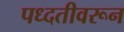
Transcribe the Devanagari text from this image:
पध्दतीवरून